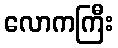
လောကကြီး